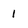
Character: 1